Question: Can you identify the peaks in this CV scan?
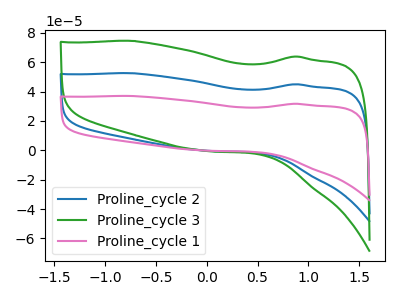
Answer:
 <answer>The blue curve "Proline_cycle 2" has no peaks. The green curve "Proline_cycle 3" has no peaks. The pink curve "Proline_cycle 1" has no peaks.</answer>
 <eval></eval>